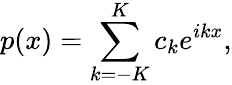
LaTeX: p(x)=\sum_{k=-K}^{K}c_{k}e^{ikx},